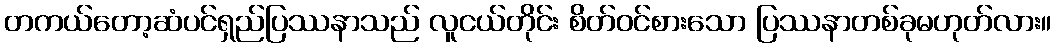
တကယ်တော့ဆံပင်ရှည်ပြဿနာသည် လူငယ်တိုင်း စိတ်ဝင်စားသော ပြဿနာတစ်ခုမဟုတ်လား။